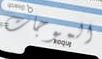
الموجات